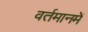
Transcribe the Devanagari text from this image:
वर्तमानमें